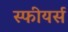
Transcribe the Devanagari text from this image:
स्फीयर्स